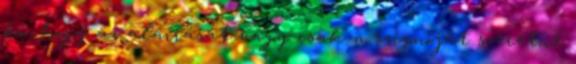
ki, hogy az aláírását vagy csak a szignóját szeretné